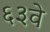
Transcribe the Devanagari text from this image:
६३वे